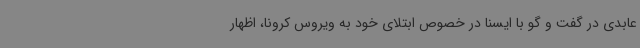
عابدی در گفت و گو با ایسنا در خصوص ابتلای خود به ویروس کرونا، اظهار